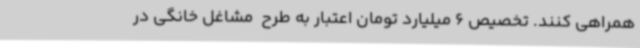
همراهی کنند. تخصیص 6 میلیارد تومان اعتبار به طرح  مشاغل خانگی در